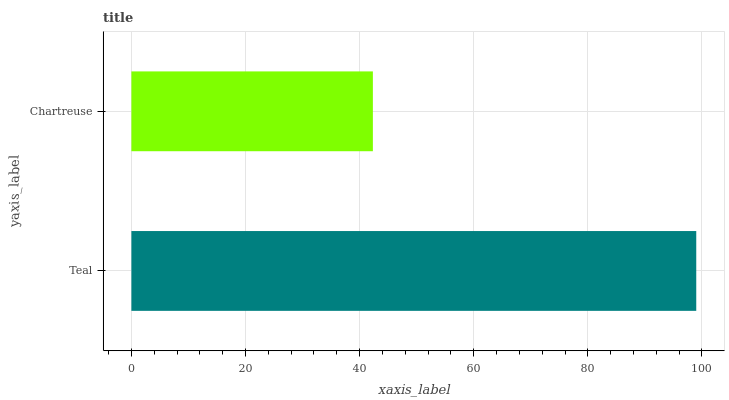
| yaxis_label | bars |
 | --- | --- |
 | Teal | 99 |
 | Chartreuse | 42.3 |